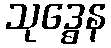
သုဒ္ဓေန